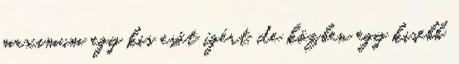
maximum egy kis esőt ígért, de közben egy kisebb